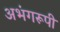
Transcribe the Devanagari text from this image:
अभंगरूपी